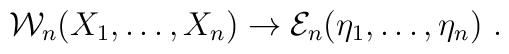
{\cal W}_n(X_1,\ldots,X_n)\rightarrow {\mathcal E}_n(\eta_1,\ldots,\eta_n)\ .